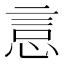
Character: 悥